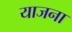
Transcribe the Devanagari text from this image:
याजना